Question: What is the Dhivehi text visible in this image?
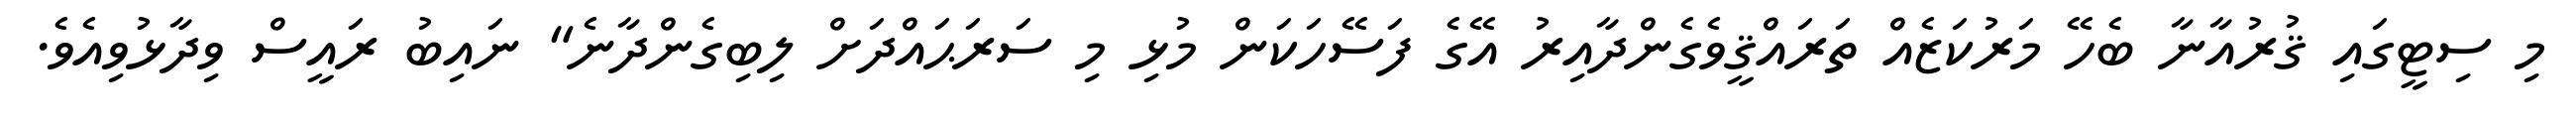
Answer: މި ސިޓީގައި ޤުރުއާނާ ބެހޭ މަރުކަޒެއް ތަރައްޤީވެގެންދާއިރު އޭގެ ފަސޭހަކަން މުޅި މި ސަރަޙައްދަށް ލިބިގެންދާނެ" ނައިބު ރައީސް ވިދާޅުވިއެވެ.